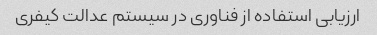
ارزیابی استفاده از فناوری در سیستم عدالت کیفری